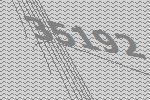
35192